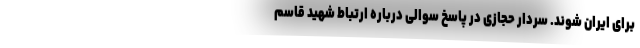
برای ایران شوند.‌ سردار حجازی در پاسخ سوالی درباره ارتباط شهید قاسم